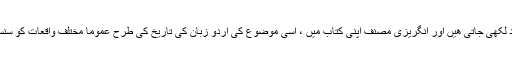
مجھ پر آشکار ھواکہ انگریزی زبان میں لکھی گئی تاریخ کی کتابیں عموماکئی سال کی ریسرچ کے بعد لکھی جاتی ھیں اور انگریزی مصنف اپنی کتاب میں ، اسی موضوع کی اردو زبان کی تاریخ کی طرح عموماً مختلف واقعات کو سنسرکرنے کی بجائے ان سے منسوب تمام حوالے دے کر سچ جھوٹ کا فیصلہ قاری پر چھوڑ دیتے ھیں۔